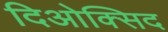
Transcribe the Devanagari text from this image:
दिओक्सिद